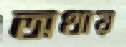
অথায়